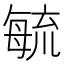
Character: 毓